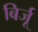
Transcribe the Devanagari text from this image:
बिर्जू